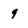
Character: 9